Report of an investigation of the epidemic of malarial fever in Assam, or, kala-azar
Disease focus: Malaria
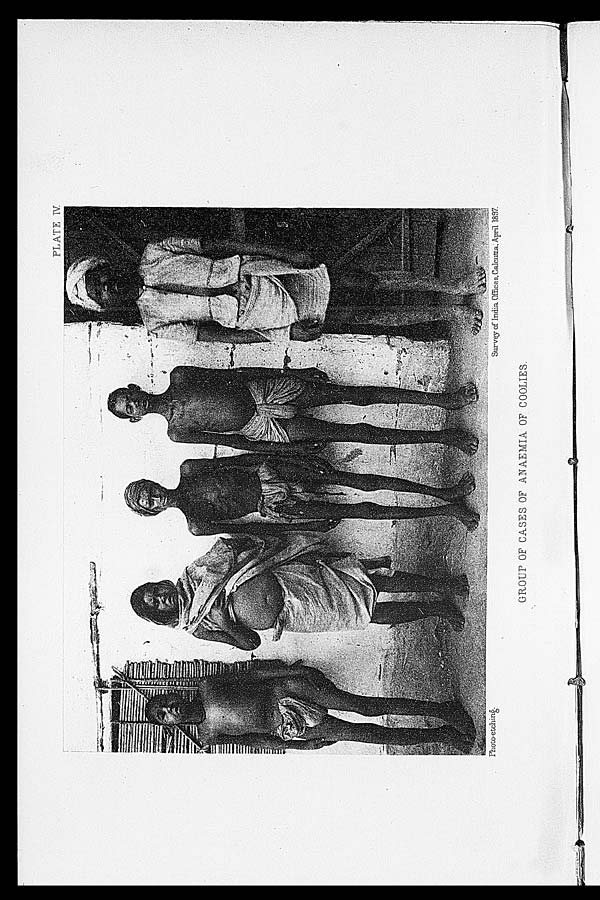
Photo-etching.
Survey of India Offices, Calcutta, April 1897.
PLATE IV
GROUP OF CASES OF ANAEMIA OF COOLIES.